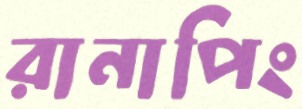
রানাপিং